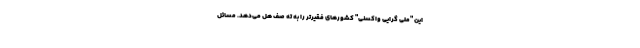
این "ملی گرایی واکسنی" کشورهای فقیرتر را به ته صف هل می‌دهد. مسائل